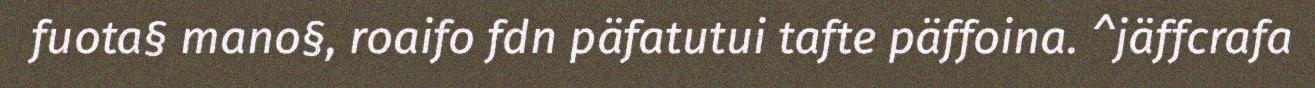
fuota§ mano§, roaifo fdn päfatutui tafte päffoina. ^jäffcrafa